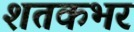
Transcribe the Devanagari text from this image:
शतकभर